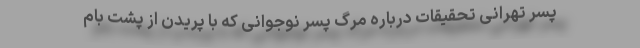
پسر تهرانی تحقیقات درباره مرگ پسر نوجوانی که با پریدن از پشت ‌بام